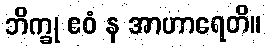
ဘိက္ခု ဧဝံ န အာဟာရေတိ။